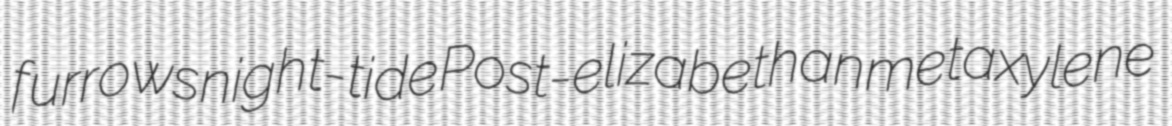
furrows night-tide Post-elizabethan metaxylene